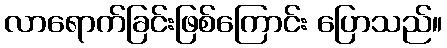
လာရောက်ခြင်းဖြစ်ကြောင်း ပြောသည်။